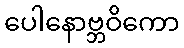
ပေါနောဗ္ဘဝိကော